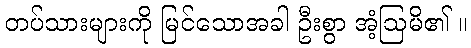
တပ်သားများကို မြင်သောအခါ ဦးစွာ အံ့ဩမိ၏ ။